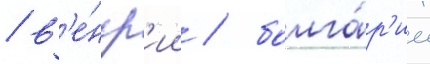
/ в'е́нгр'ии / болга́р'ии